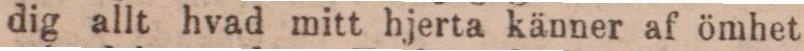
dig allt hvad mitt hjerta känner af ömhet